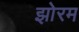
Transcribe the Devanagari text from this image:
झोरम